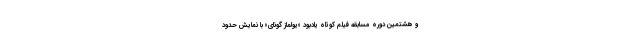
و هشتمين دوره مسابقه فيلم کوتاه يادبود «يولماز گونای» با نمایش حدود